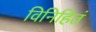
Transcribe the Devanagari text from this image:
विनिहितं